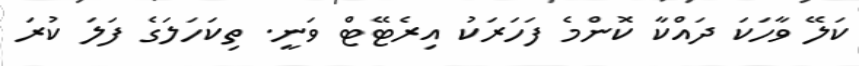
ކަލޭ ވާހަކަ ދައްކާ ކޮންމެ ފަހަރަކު އިރެޓޭޓް ވަނީ. ތިކަހަލަގެ ފަލަ ކުރަ